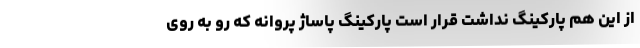
از این هم پارکینگ نداشت قرار است پارکینگ پاساژ پروانه که رو به روی